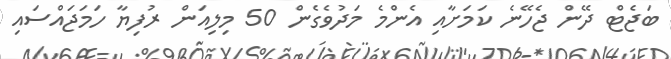
ބަޖެޓް ދޭން ޖެހޭނެ ކަމަށާއި އެންމެ މަދުވެގެން 50 މިލިއަން ރުފިޔާ ހަމަޖައްސައި